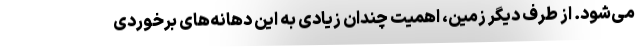
می‌شود. از طرف دیگر زمین‌، اهمیت چندان زیادی به این دهانه‌های برخوردی